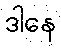
ဒါနေ